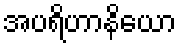
အပရိဟာနိယော